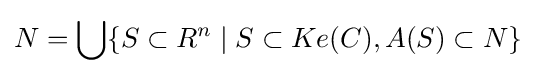
N=\bigcup \{S\subset R^{n}\mid S\subset Ke(C),A(S)\subset N\}